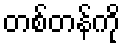
တစ်တန်ကို